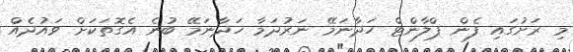
މި ރަށުގައި ފެން ޕްލާންޓް ހަދާނަމޭ ނަރުދަމާ ހަދާނަމޭ ބުނެ އެގޮތަކަށް ވައުދެއް